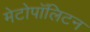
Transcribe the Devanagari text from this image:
मेटोपॉलिटन